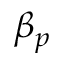
\beta _ { p }